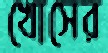
খোসের